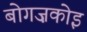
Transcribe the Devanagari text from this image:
बोगज़कोइ